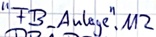
Text: "FB_Anlage".M2